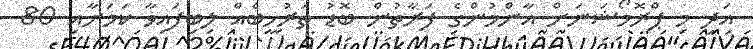
އަދި މި ޕްރޮމޯޝަނަށް އާންމުންގެ ފަރާތުން ބޮޑު ތަރުހީބެއް ލިބިފައިވާ ކަމަށާއި 80